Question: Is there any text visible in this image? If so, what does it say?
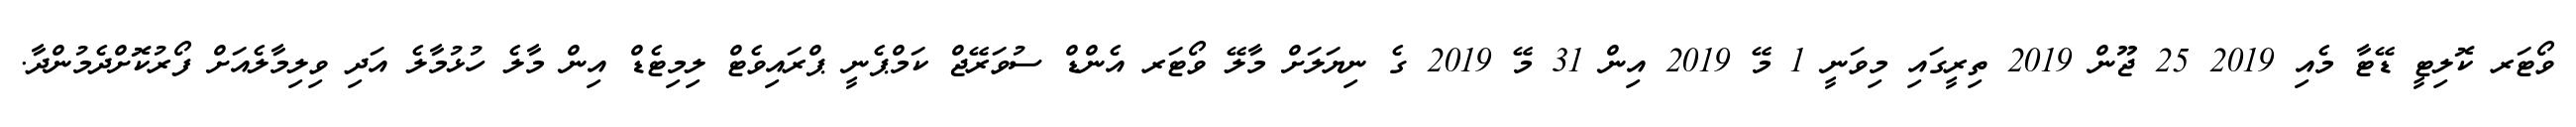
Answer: ވޯޓަރ ކޮލިޓީ ޑޭޓާ މެއި 2019 25 ޖޫން 2019 ތިރީގައި މިވަނީ 1 މޭ 2019 އިން 31 މޭ 2019 ގެ ނިޔަލަށް މާލޭ ވޯޓަރ އެންޑް ސުވަރޭޖް ކަމްޕެނީ ޕްރައިވެޓް ލިމިޓެޑް އިން މާލެ ހުޅުމާލެ އަދި ވިލިމާލެއަށް ފޯރުކޮށްދެމުންދާ.